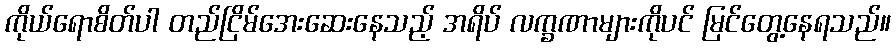
ကိုယ်ရောစိတ်ပါ တည်ငြိမ်အေးဆေးနေသည့် အရိပ် လက္ခဏာများကိုပင် မြင်တွေ့နေရသည်။